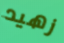
زهيد